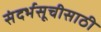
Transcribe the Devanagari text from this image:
संदर्भसूचीसाठी